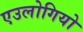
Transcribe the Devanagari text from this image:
एउलोगियो